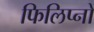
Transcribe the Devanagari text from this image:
फिलिप्नो